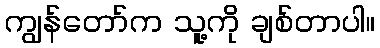
ကျွန်တော်က သူ့ကို ချစ်တာပါ။